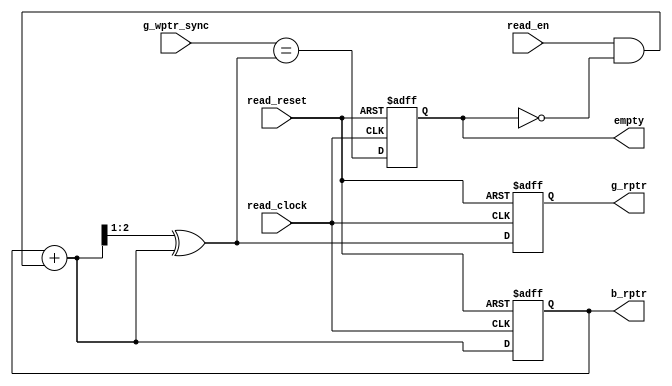
module RPH #(parameter PTR_WIDTH=3) (
  input read_clock, read_reset, read_en,
  input [PTR_WIDTH-1:0] g_wptr_sync,
  output reg [PTR_WIDTH-1:0] b_rptr,
  output reg [PTR_WIDTH-1:0] g_rptr,
  output reg empty
);

  wire [PTR_WIDTH-1:0] b_rptr_next;
  wire [PTR_WIDTH-1:0] g_rptr_next;

  assign b_rptr_next = b_rptr+(read_en & !empty);
  assign g_rptr_next = (b_rptr_next >>1)^b_rptr_next;
  assign rempty = (g_wptr_sync == g_rptr_next);
  
  always@(posedge read_clock or negedge read_reset) begin
    if(!read_reset) begin
      b_rptr <= 0;
      g_rptr <= 0;
    end
    else begin
      b_rptr <= b_rptr_next;
      g_rptr <= g_rptr_next;
    end
  end
  
  always@(posedge read_clock or negedge read_reset) begin
    if(!read_reset) empty <= 1;
    else        empty <= rempty;
  end
endmodule